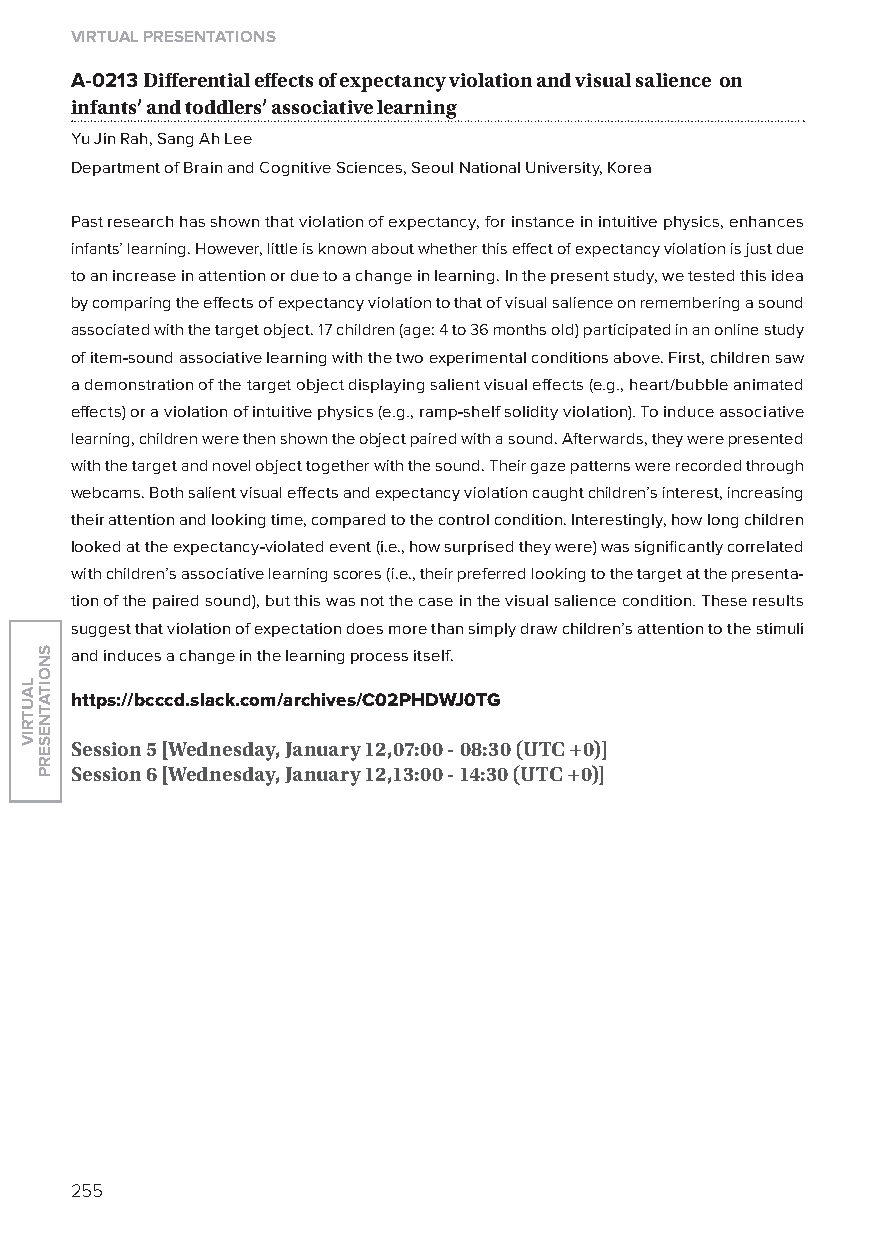
virtual presentations
 A-0213 Differential effects of expectancy violation and visual salience on
 infants’ and toddlers’ associative learning
 yu Jin Rah, Sang Ah lee
 Department of Brain and Cognitive Sciences, Seoul National University, Korea
 Past research has shown that violation of expectancy, for instance in intuitive physics, enhances
 infants’ learning. However, little is known about whether this effect of expectancy violation is just due
 to an increase in attention or due to a change in learning. In the present study, we tested this idea
 by comparing the effects of expectancy violation to that of visual salience on remembering a sound
 associated with the target object. 17 children (age: 4 to 36 months old) participated in an online study
 of item-sound associative learning with the two experimental conditions above. First, children saw
 a demonstration of the target object displaying salient visual effects (e.g., heart/bubble animated
 effects) or a violation of intuitive physics (e.g., ramp-shelf solidity violation). To induce associative
 learning, children were then shown the object paired with a sound. Afterwards, they were presented
 with the target and novel object together with the sound. Their gaze patterns were recorded through
 webcams. Both salient visual effects and expectancy violation caught children’s interest, increasing
 their attention and looking time, compared to the control condition. Interestingly, how long children
 looked at the expectancy-violated event (i.e., how surprised they were) was significantly correlated
 with children’s associative learning scores (i.e., their preferred looking to the target at the presenta-
 tion of the paired sound), but this was not the case in the visual salience condition. These results
 suggest that violation of expectation does more than simply draw children’s attention to the stimuli
 and induces a change in the learning process itself.
 https://bcccd.slack.com/archives/C02phdWJ0TG
 session 5 [Wednesday, January 12,07:00 - 08:30 (utC +0)]
 session 6 [Wednesday, January 12,13:00 - 14:30 (utC +0)]
 255
 lautriv
 snoitatneserp